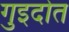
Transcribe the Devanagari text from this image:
गुइदोत